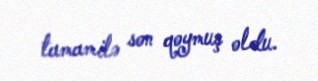
tamamilə son qoymuş oldu.